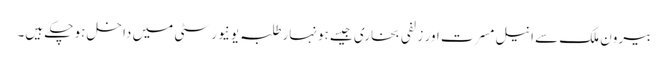
بیرون ملک سے انیل مسرت اور زلفی بخاری جیسے ہونہار طلبہ یونیورسٹی میں داخل ہو چکے ہیں۔